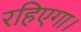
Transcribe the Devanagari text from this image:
रहिएगा।